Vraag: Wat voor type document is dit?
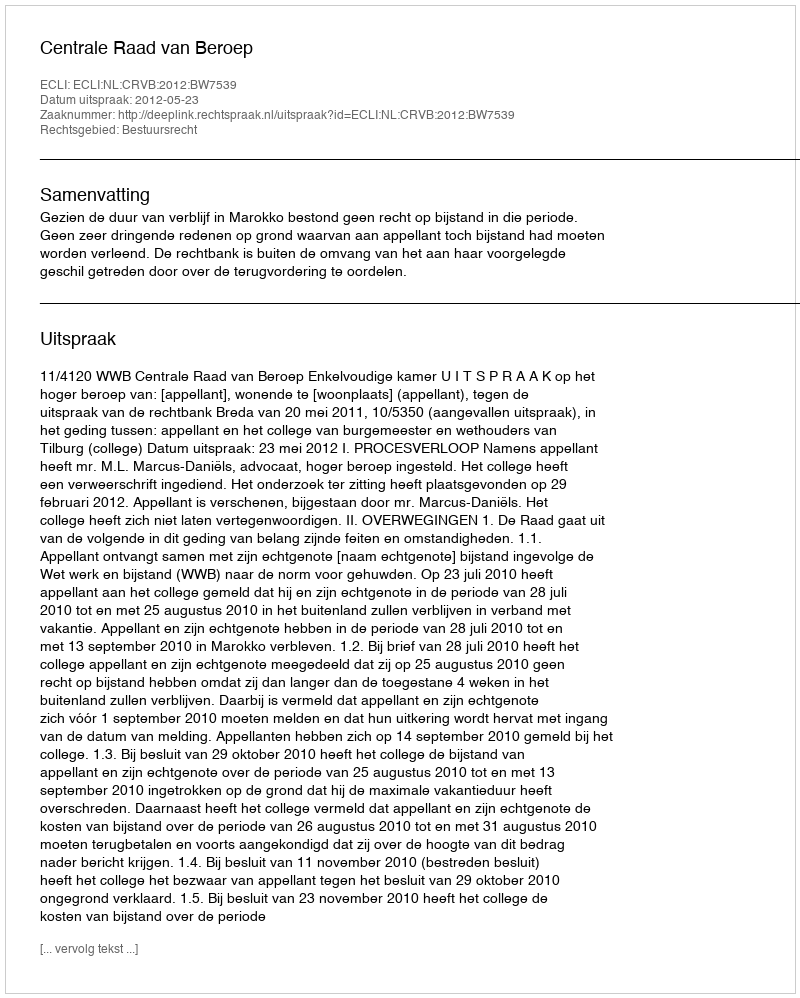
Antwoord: Uitspraak